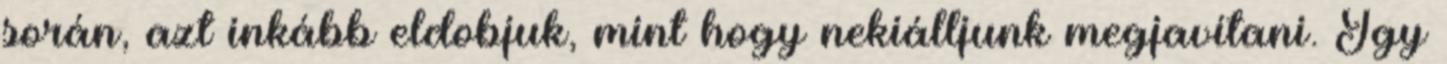
során, azt inkább eldobjuk, mint hogy nekiálljunk megjavítani. Így